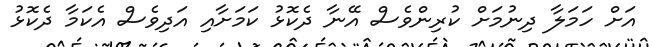
އަށް ހަމަލާ ދިނުމަށް ކުރިންވެސް އޭނާ ދެކޮޅު ކަމަށާއި އަދިވެސް އެކަމާ ދެކޮޅު